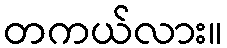
တကယ်လား။